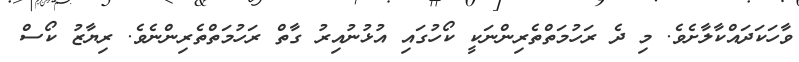
ވާހަކަދައްކާލާށެވެ. މި ދެ ރަހުމަތްތެރިންނަކީ ކޯހުގައި އުޅުނުއިރު ގާތް ރަހުމަތްތެރިންނެވެ. ރިޔާޒު ކޯސް